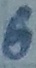
Text: 6